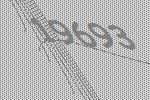
19693